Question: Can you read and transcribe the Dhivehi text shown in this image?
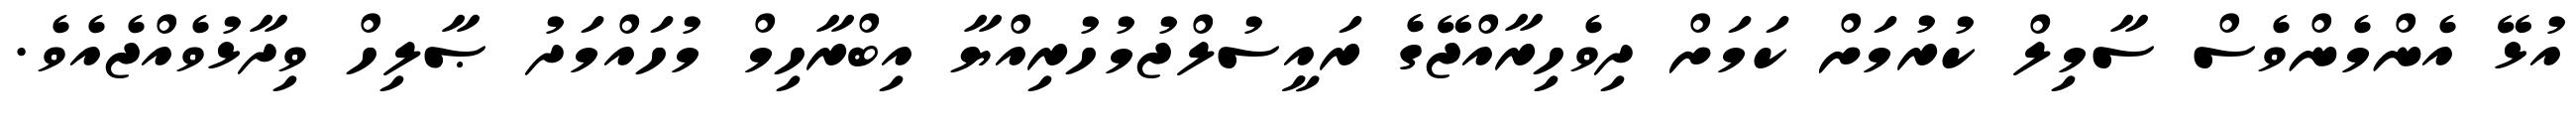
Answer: އުޅޭ އެންމެންވެސް ސާމިލް ކުރުމަށް ކަމަށް ދިވެހިރާއްޖޭގެ ރައީސުލްޖުމުހުރިއްޔާ އިބްރާހިމް މުހައްމަދު ޞާލިހް ވިދާޅުވެއްޖެއެވެ.